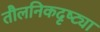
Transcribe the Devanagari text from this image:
तौलनिकदृष्ट्या